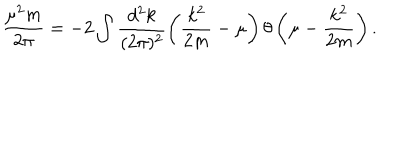
\frac { \mu ^ { 2 } m } { 2 \pi } = - 2 \int \frac { d ^ { 2 } k } { ( 2 \pi ) ^ { 2 } } \left( \frac { k ^ { 2 } } { 2 m } - \mu \right) \theta \left( \mu - \frac { k ^ { 2 } } { 2 m } \right) .